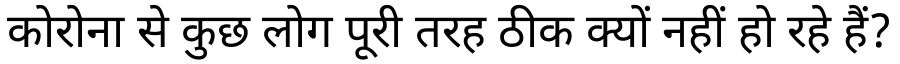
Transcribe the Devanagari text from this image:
कोरोना से कुछ लोग पूरी तरह ठीक क्यों नहीं हो रहे हैं?